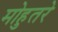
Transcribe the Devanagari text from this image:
मोहुतरे